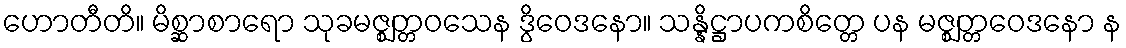
ဟောတီတိ။ မိစ္ဆာစာရော သုခမဇ္ဈတ္တဝသေန ဒွိဝေဒနော။ သန္နိဋ္ဌာပကစိတ္တေ ပန မဇ္ဈတ္တဝေဒနော န